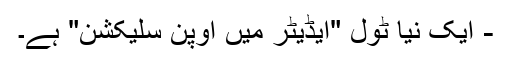
- ایک نیا ٹول "ایڈیٹر میں اوپن سلیکشن" ہے۔